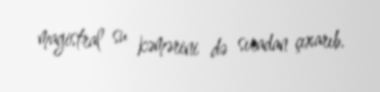
magistral su kəmərini də sıradan çıxarıb.